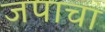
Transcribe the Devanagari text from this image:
जपाचां